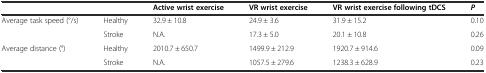
<table><thead><tr><td colspan="2"></td><td><b>Active wrist exercise</b></td><td><b>VR wrist exercise</b></td><td><b>VR wrist exercise following tDCS</b></td><td><b><i>P</i></b></td></tr></thead><tbody><tr><td rowspan="2">Average task speed (°/s)</td><td>Healthy</td><td>32.9 ± 10.8</td><td>24.9 ± 3.6</td><td>31.9 ± 15.2</td><td>0.10</td></tr><tr><td>Stroke</td><td>N.A.</td><td>17.3 ± 5.0</td><td>20.1 ± 10.8</td><td>0.26</td></tr><tr><td>Average distance (°)</td><td>Healthy</td><td>2010.7 ± 650.7</td><td>1499.9 ± 212.9</td><td>1920.7 ± 914.6</td><td>0.09</td></tr><tr><td></td><td>Stroke</td><td>N.A.</td><td>1057.5 ± 279.6</td><td>1238.3 ± 628.9</td><td>0.23</td></tr></tbody></table>